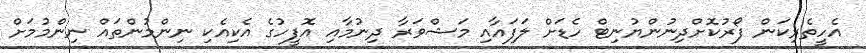
އެހީތެރިކަން ފޯރުކޮށްދިނުންޔުނިޓް ހެޑަށް ލަފައާއި މަޝްވަރާ ދިނުމާއި އޮފީހުގެ އެކިއެކި ނިންމުންތައް ނިންމުމަށް